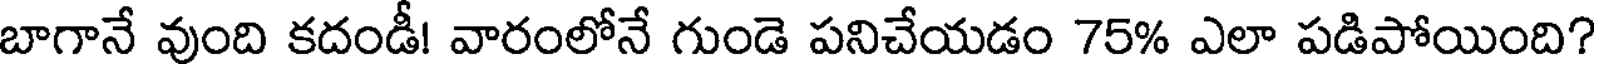
బాగానే వుంది కదండీ! వారంలోనే గుండె పనిచేయడం 75% ఎలా పడిపోయింది?